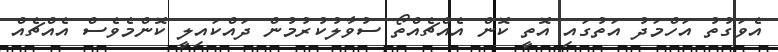
އެވަގުތު އަހްމަދު އަތުގައި އޮތީ ކޮން އެއްޗެއްތޯ ސުވާލުކުރުމުން ދައްކައިލީ ކޮންމެވެސް އެއްޗެއް